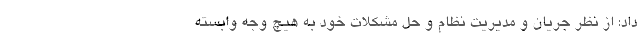
داد: از نظر جریان و مدیریت نظام و حل مشکلات خود به هیچ وجه وابسته